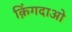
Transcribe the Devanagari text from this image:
क़िंगदाओ